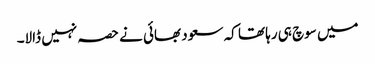
میں سوچ ہی رہا تھا کہ سعود بھائی نے حصہ نہیں ڈالا۔